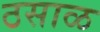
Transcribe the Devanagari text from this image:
ठसाळ